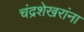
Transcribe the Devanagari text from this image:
चंद्रशेखरांना